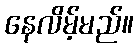
နေလိမ့်မည်။